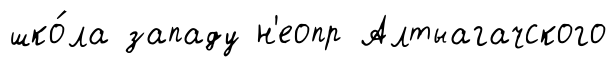
шко́ла западу н'еопр Алтыагачского